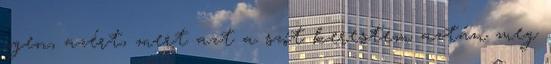
igen, azért, mert azt a szót kerestem aztán meg